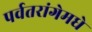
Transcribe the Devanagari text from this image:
पर्वतरांगेमधे